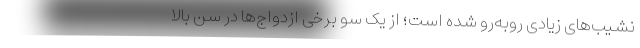
نشیب‌های زیادی روبه‌رو شده‌ است؛ از یک سو برخی ازدواج‌ها در سن بالا